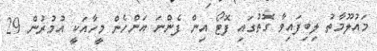
މައުލޫމާތު ލިބިފައިވާ ގޮތުގައި ފޮޓޯ އިން ފެންނަ އަންހެން މީހާއަކީ އުމުރުން 29